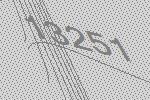
13251